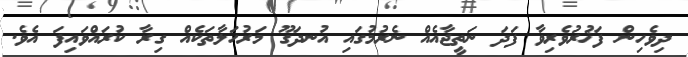
ދިވެހިން ފަޚުރުވެރިވާ ފަދަ ނަތީޖާއެއް ނެރުމުގައި އުނދަގޫ މަރުހަލާތަކެއް ގިރާ ކުރައްވައިފަ އެވެ.